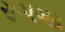
રૂપગઢ